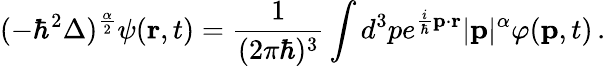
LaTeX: (-\hbar^{2}\Delta)^{\frac{\alpha}{2}}\psi(\mathbf{r},t)={\frac{1}{(2\pi\hbar)^{3}}}\int d^{3}pe^{{\frac{i}{\hbar}}\mathbf{p}\cdot\mathbf{r}}|\mathbf{p}|^{\alpha}\varphi(\mathbf{p},t)\, .